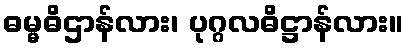
ဓမ္မဓိဌာန်လား၊ ပုဂ္ဂလဓိဋ္ဌာန်လား။